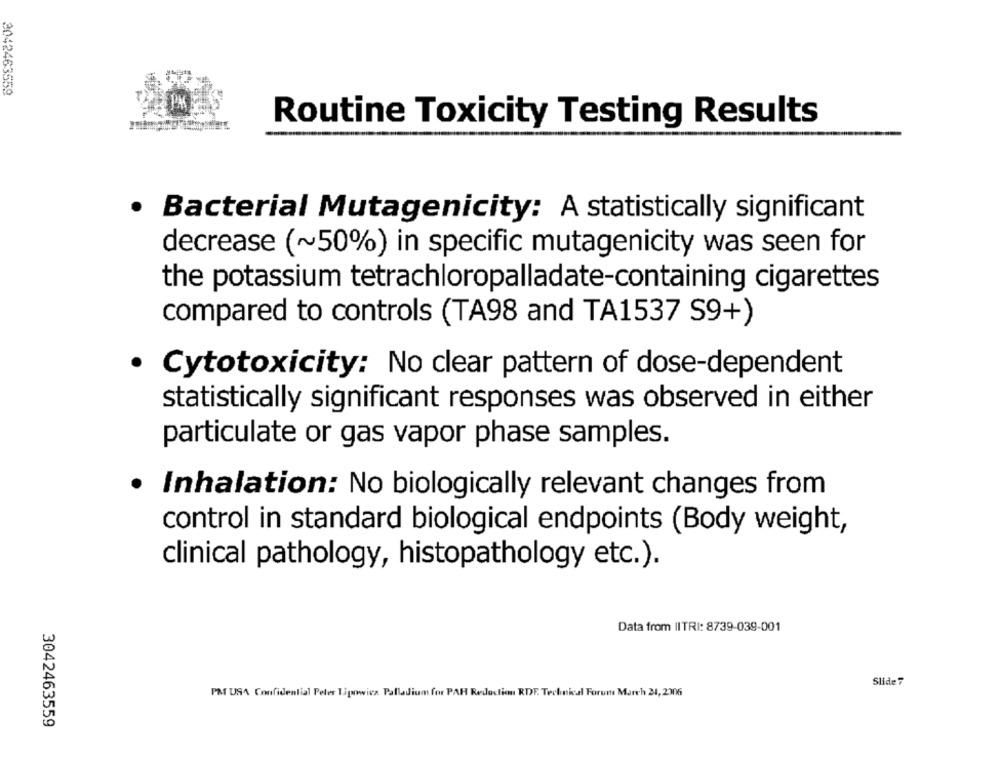
3042463559
Routine Toxicity Testing Results
· Bacterial Mutagenicity: A statistically significant
decrease (~50%) in specific mutagenicity was seen for
the potassium tetrachloropalladate-containing cigarettes
compared to controls (TA98 and TA1537 S9+)
· Cytotoxicity: No clear pattern of dose-dependent
statistically significant responses was observed in either
particulate or gas vapor phase samples.
.
Inhalation: No biologically relevant changes from
control in standard biological endpoints (Body weight,
clinical pathology, histopathology etc.).
Data from IITRI: 8739-039-001
Slide7
PM USA Confidential Peler Tipowicz Palladium for PAR Redaction RDF. Technical Forum March 24, 2306
3042463559